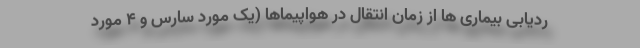
ردیابی بیماری ها از زمان انتقال در هواپیماها (یک مورد سارس و 4 مورد